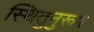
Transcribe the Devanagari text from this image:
स्थितुनुरूप